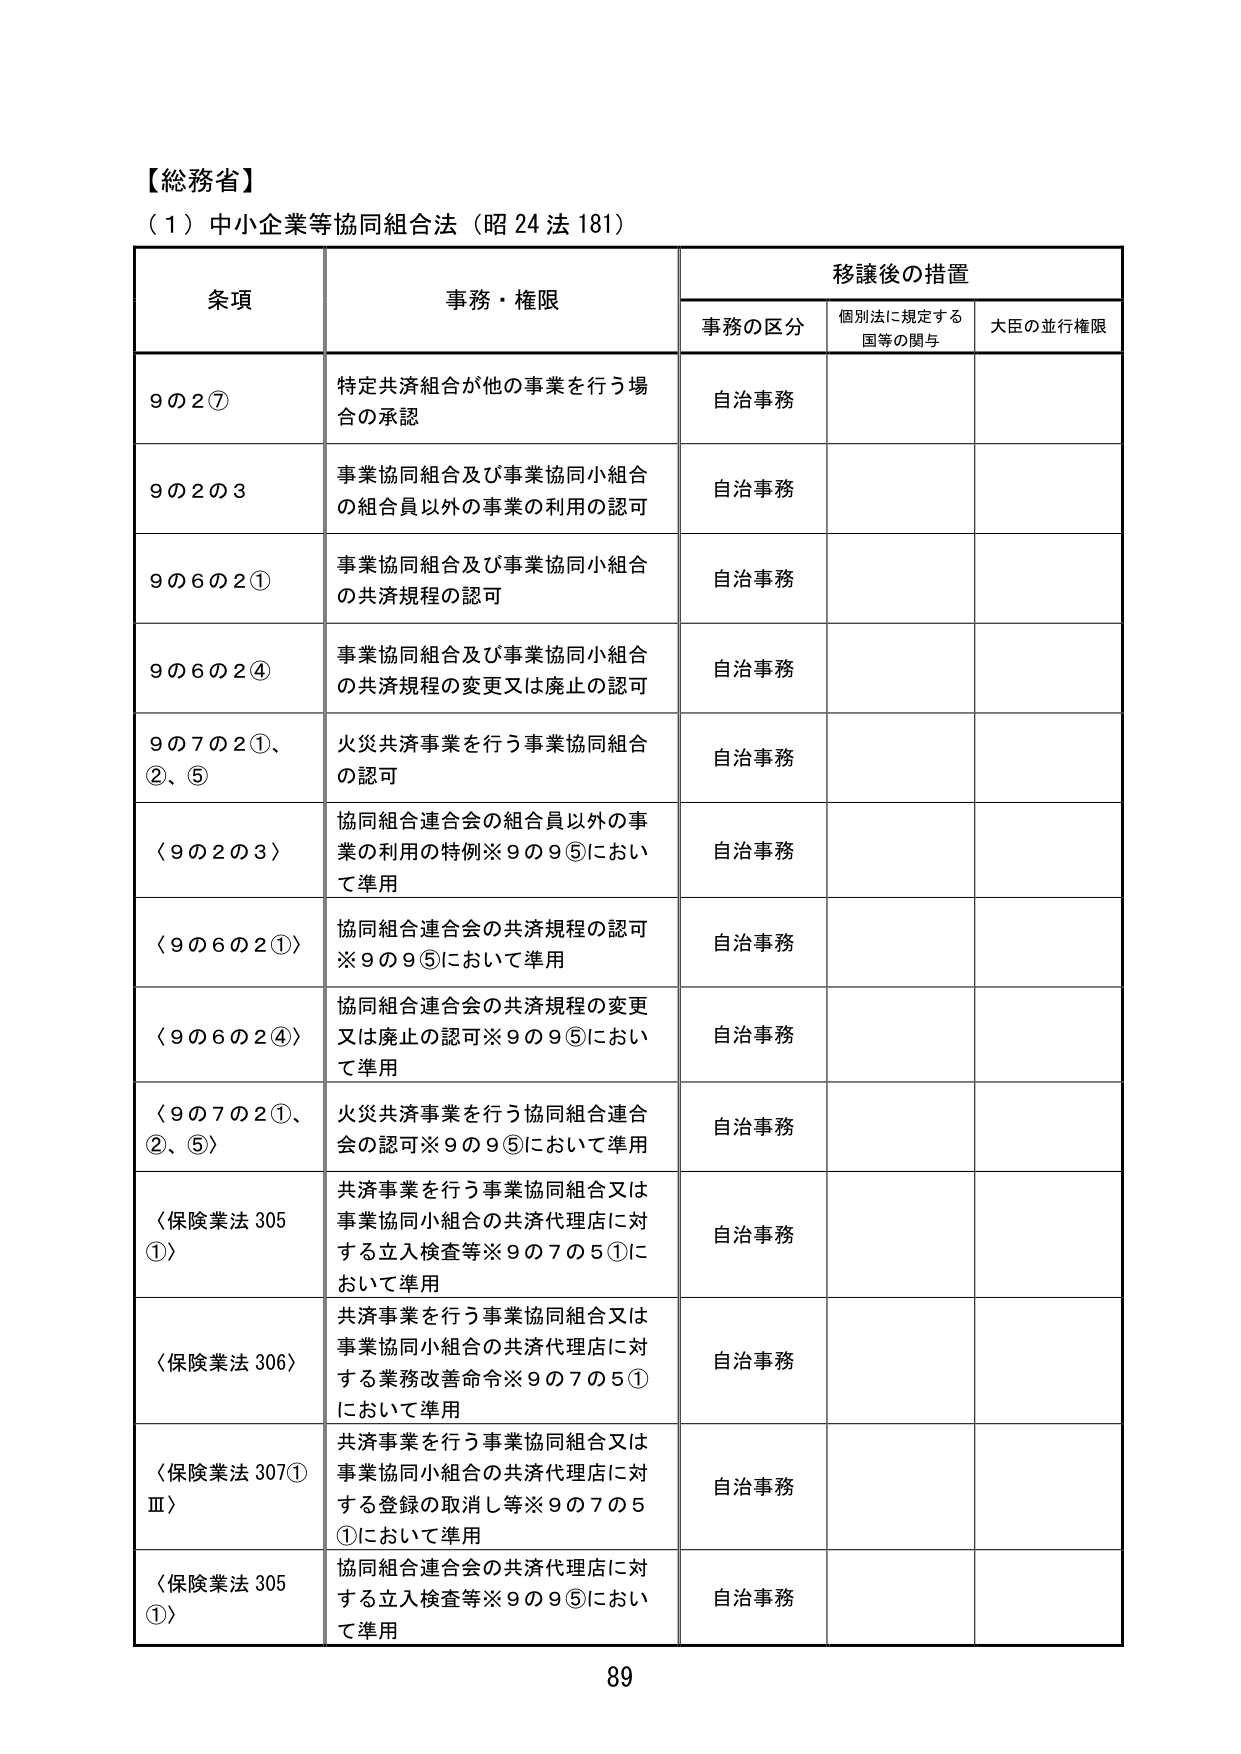
【総務省】
（1）中小企業等協同組合法（昭24法181）

条項　　　　　　　　　　　　事務・権限　　　　　　　　　　　　移譲後の措置
　　　　　　　　　　　　　　　　　　　　　　　　　　　　　　事務の区分　　個別法に規定する　　大臣の並行権限
　　　　　　　　　　　　　　　　　　　　　　　　　　　　　　　　　　　　　国等の関与

9の2⑦　　　　　　　特定共済組合が他の事業を行う場合の承認　　　　自治事務

9の2の3　　　　　　事業協同組合及び事業協同小組合の組合員以外の事業の利用の認可　　自治事務

9の6の2①　　　　　事業協同組合及び事業協同小組合の共済規程の認可　　　　自治事務

9の6の2④　　　　　事業協同組合及び事業協同小組合の共済規程の変更又は廃止の認可　　自治事務

9の7の2①、②、⑤　火災共済事業を行う事業協同組合の認可　　　　自治事務

〈9の2の3〉　　　　協同組合連合会の組合員以外の事業の利用の特例※9の9⑤において準用　　自治事務

〈9の6の2①〉　　　協同組合連合会の共済規程の認可※9の9⑤において準用　　　　自治事務

〈9の6の2④〉　　　協同組合連合会の共済規程の変更又は廃止の認可※9の9⑤において準用　　自治事務

〈9の7の2①、②、⑤〉　火災共済事業を行う協同組合連合会の認可※9の9⑤において準用　　自治事務

〈保険業法305①〉　共済事業を行う事業協同組合又は事業協同小組合の共済代理店に対する立入検査等※9の7の5①において準用　　自治事務

〈保険業法306〉　　共済事業を行う事業協同組合又は事業協同小組合の共済代理店に対する業務改善命令※9の7の5①において準用　　自治事務

〈保険業法307①Ⅲ〉　共済事業を行う事業協同組合又は事業協同小組合の共済代理店に対する登録の取消し等※9の7の5①において準用　　自治事務

〈保険業法305①〉　協同組合連合会の共済代理店に対する立入検査等※9の9⑤において準用　　自治事務

89